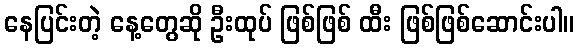
နေပြင်းတဲ့ နေ့တွေဆို ဦးထုပ် ဖြစ်ဖြစ် ထီး ဖြစ်ဖြစ်ဆောင်းပါ။